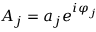
A _ { j } = a _ { j } e ^ { i \varphi _ { j } }